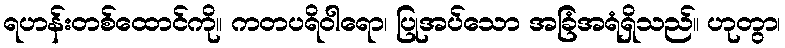
ရဟန်းတစ်ထောင်ကို။ ကတပရိဝါရော၊ ပြုအပ်သော အခြံအရံရှိသည်။ ဟုတွာ၊